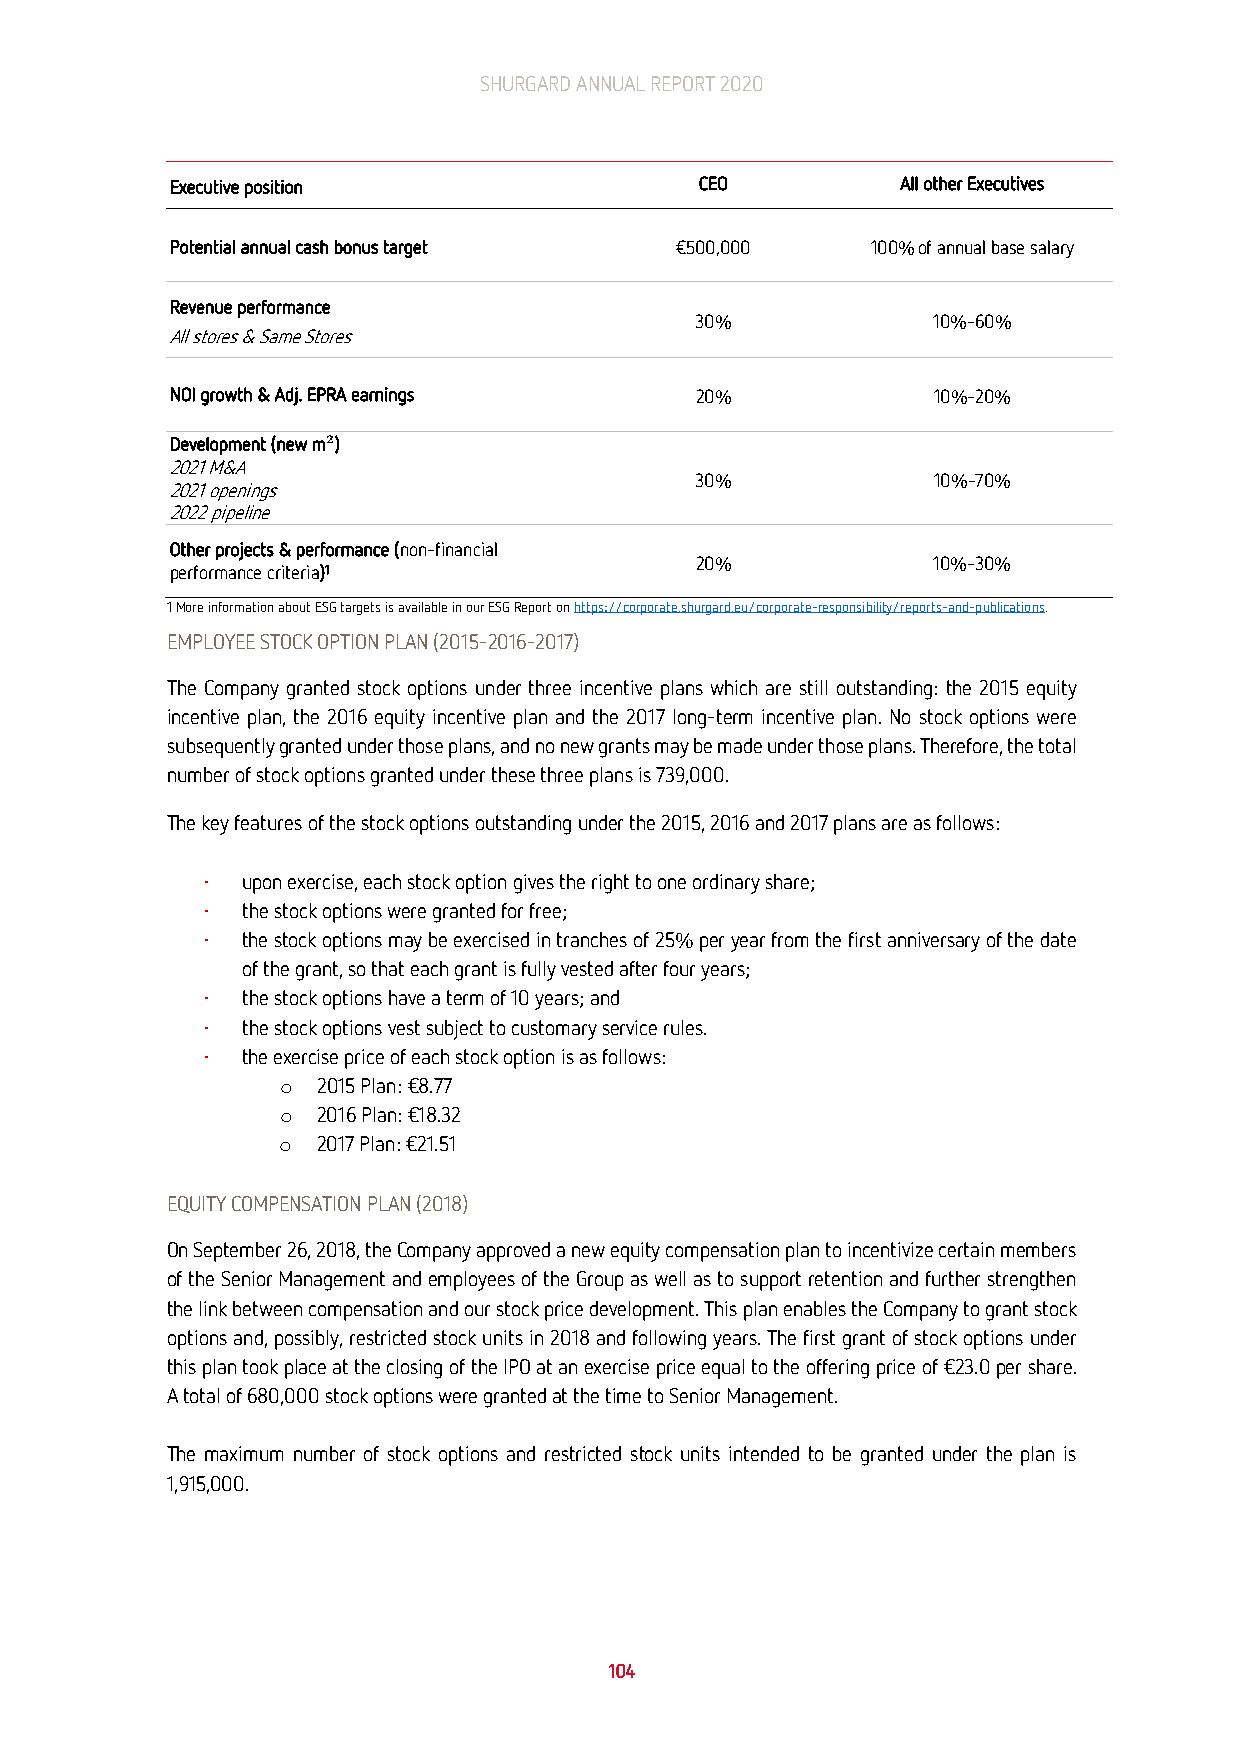
SHURGARD ANNUAL REPORT 2020
 Executive position                 CEO           All other Executives
 Potential annual cash bonus target €500,000    100% of annual base salary
 Revenue performance
 30%             10%-60%
 All stores & Same Stores
 NOI growth & Adj. EPRA earnings    20%             10%-20%
 Development (new m²)
 2021 M&A
 30%             10%-70%
 2021 openings
 2022 pipeline
 Other projects & performance (non-financial
 20%             10%-30%
 performance criteria)1
 1 More information about ESG targets is available in our ESG Report on https://corporate.shurgard.eu/corporate-responsibility/reports-and-publications.
 EMPLOYEE STOCK OPTION PLAN (2015-2016-2017)
 The Company granted stock options under three incentive plans which are still outstanding: the 2015 equity
 incentive plan, the 2016 equity incentive plan and the 2017 long-term incentive plan. No stock options were
 subsequently granted under those plans, and no new grants may be made under those plans. Therefore, the total
 number of stock options granted under these three plans is 739,000.
 The key features of the stock options outstanding under the 2015, 2016 and 2017 plans are as follows:
 ∙ upon exercise, each stock option gives the right to one ordinary share;
 ∙ the stock options were granted for free;
 ∙ the stock options may be exercised in tranches of 25% per year from the first anniversary of the date
 of the grant, so that each grant is fully vested after four years;
 ∙ the stock options have a term of 10 years; and
 ∙ the stock options vest subject to customary service rules.
 ∙ the exercise price of each stock option is as follows:
 o  2015 Plan: €8.77
 o  2016 Plan: €18.32
 o  2017 Plan: €21.51
 EQUITY COMPENSATION PLAN (2018)
 On September 26, 2018, the Company approved a new equity compensation plan to incentivize certain members
 of the Senior Management and employees of the Group as well as to support retention and further strengthen
 the link between compensation and our stock price development. This plan enables the Company to grant stock
 options and, possibly, restricted stock units in 2018 and following years. The first grant of stock options under
 this plan took place at the closing of the IPO at an exercise price equal to the offering price of €23.0 per share.
 A total of 680,000 stock options were granted at the time to Senior Management.
 The maximum number of stock options and restricted stock units intended to be granted under the plan is
 1,915,000.
 104